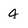
Character: 4